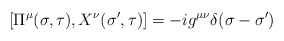
\begin{align*}\left[\Pi^\mu(\sigma,\tau), X^\nu(\sigma', \tau)\right]=-ig^{\mu\nu}\delta(\sigma-\sigma')\end{align*}